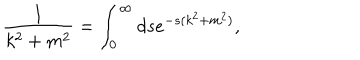
{ \frac { 1 } { k ^ { 2 } + m ^ { 2 } } } = \int _ { 0 } ^ { \infty } d s e ^ { - s ( k ^ { 2 } + m ^ { 2 } ) } ,